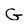
Character: G